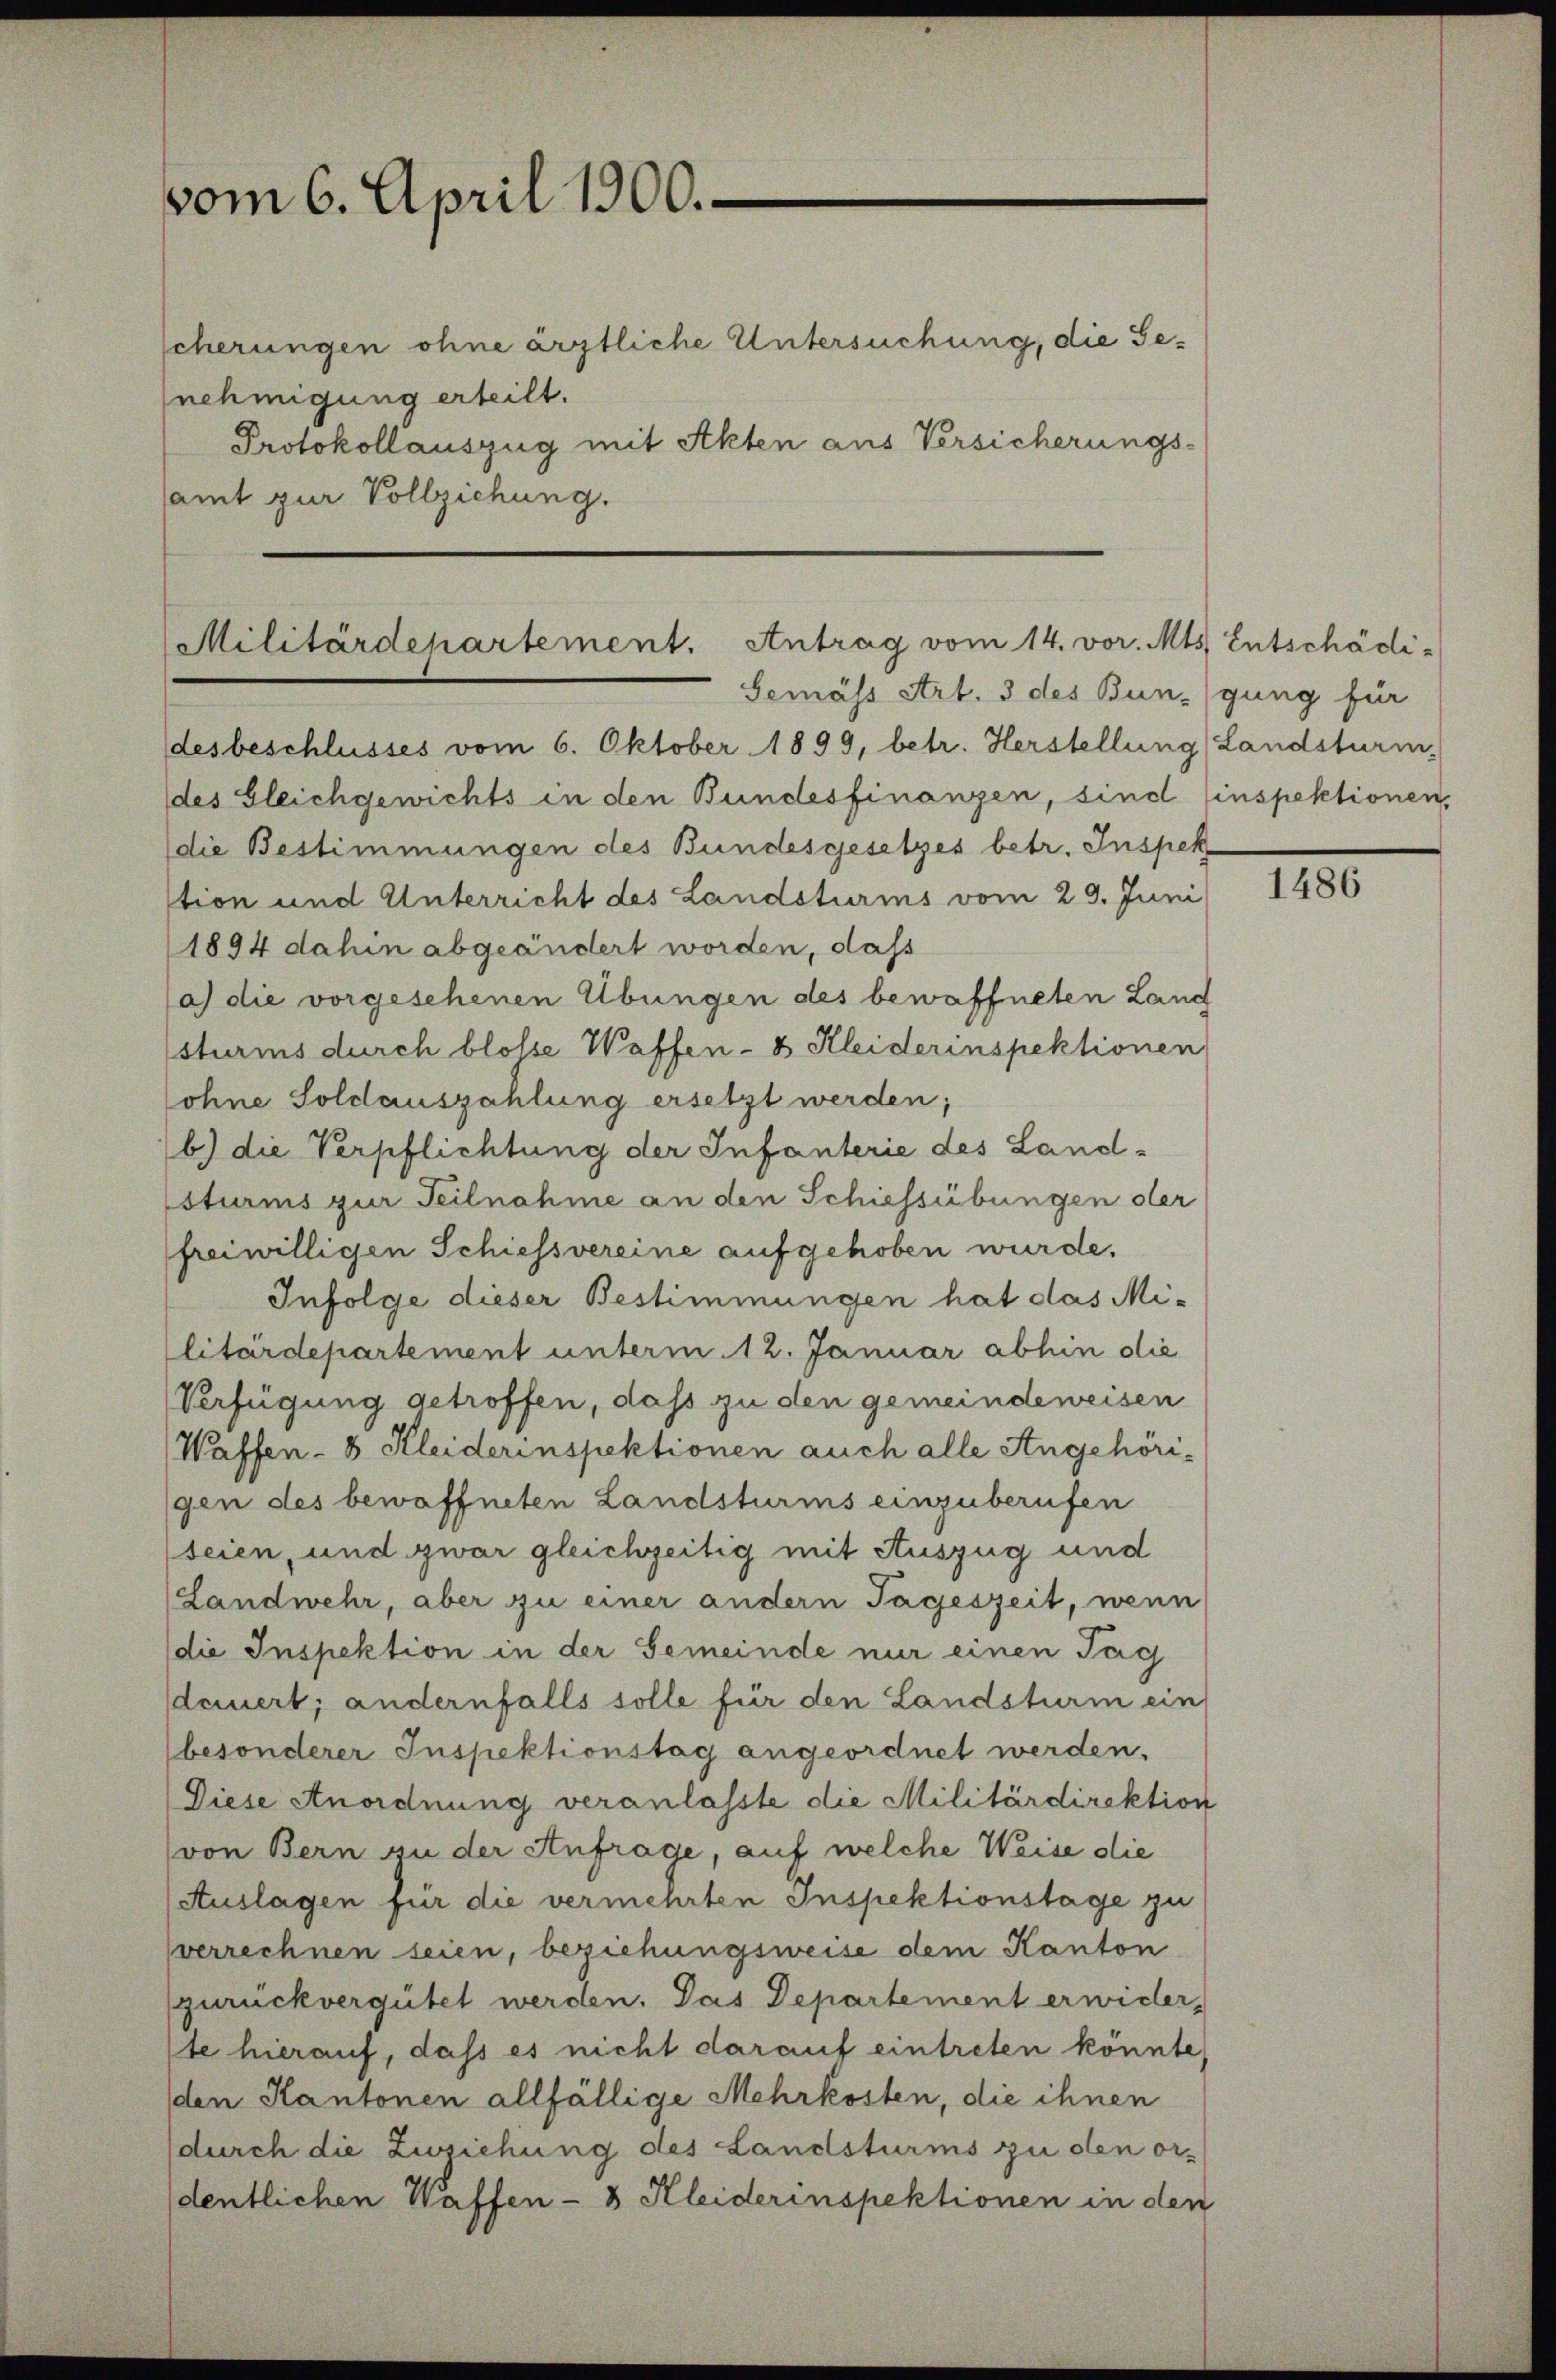
vom 6. April 1900.

scherungen ohne ärztliche Untersuchung, die Genehmigung erteilt.
Protokollauszug mit Akten aus Versicherungs-
samt zur Vollziehung.

Militärdepartement. Antrag vom 14. vor. Mts. Entschädi-
Gemäss Art. 3 des Bungung für

desbeschlusses vom 6. Oktober 1899, betr. Herstellung Landsturm-
des Gleichgewichts in den Bundesfinanzen, sind (inspektionen,
die Bestimmungen des Bundesgesetzes betr. Inspek
tion und Unterricht des Landsturms vom 29. Juni
1894 dahin abgeändert worden, dass
(a) die vorgesehenen Übungen des bewaffneten Land
sturms durch blosse Waffen- & Kleiderinspektionen
sohne Soldauszahlung ersetzt werden;
b.) die Verpflichtung der Infanterie des Landsturms zur Teilnahme an den Schiessübungen der
freiwilligen Schiessvereine aufgehoben wurde.
Infolge dieser Bestimmungen hat das Militärdepartement unterm 12. Januar abhin die
Verfügung getroffen, daß zu den gemeindeweisen
Waffen - 8 Kleiderinspektionen auch alle Angehörigen des bewaffneten Landsturms einzuberufen
seien, und zwar gleichzeitig mit Auszug und
Landwehr, aber zu einer andern Tageszeit, wenn
die Inspektion in der Gemeinde nur einen Tag
sdauert; andernfalls solle für den Landsturm ein
besonderer Inspektionstag angeordnet werden.
Diese Anordnung veranlasste die Militärdirektion
von Bern zu der Anfrage, auf welche Weise die
Auslagen für die vermehrten Inspektionstage zu
sverrechnen seien, beziehungsweise dem Kanton
zurückvergütet werden. Das Departement erwiderte hierauf, dass es nicht darauf eintreten könnte,
(den Kantonen allfällige Mehrkosten, die ihnen
durch die Zuziehung des Landsturms zu den ordentlichen Waffen - 3 Kleiderinspektionen in den

1486